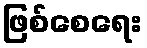
ဖြစ်စေရေး